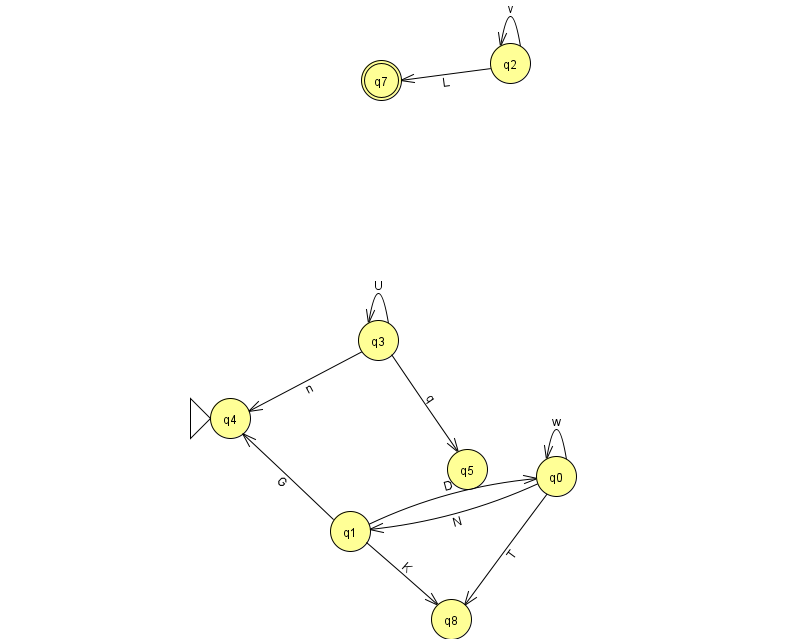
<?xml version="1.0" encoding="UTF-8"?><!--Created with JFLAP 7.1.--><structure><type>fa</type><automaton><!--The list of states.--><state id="0" name="q0"><x>556.0</x><y>463.0</y></state><state id="1" name="q1"><x>350.0</x><y>518.0</y></state><state id="2" name="q2"><x>510.0</x><y>50.0</y></state><state id="3" name="q3"><x>378.0</x><y>327.0</y></state><state id="4" name="q4"><x>230.0</x><y>405.0</y><initial/></state><state id="5" name="q5"><x>467.0</x><y>456.0</y></state><state id="7" name="q7"><x>381.0</x><y>67.0</y><final/></state><state id="8" name="q8"><x>451.0</x><y>606.0</y></state><!--The list of transitions.--><transition><from>1</from><to>8</to><read>K</read></transition><transition><from>3</from><to>4</to><read>n</read></transition><transition><from>2</from><to>7</to><read>L</read></transition><transition><from>3</from><to>5</to><read>q</read></transition><transition><from>1</from><to>0</to><read>D</read></transition><transition><from>3</from><to>3</to><read>U</read></transition><transition><from>1</from><to>4</to><read>G</read></transition><transition><from>2</from><to>2</to><read>v</read></transition><transition><from>0</from><to>0</to><read>w</read></transition><transition><from>0</from><to>1</to><read>N</read></transition><transition><from>0</from><to>8</to><read>T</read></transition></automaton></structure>